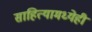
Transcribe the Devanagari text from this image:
साहित्यामध्येही